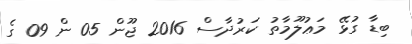
ބިޑާ ގުޅޭ މަޢުލޫމާތު ކަރުދާސް 2016 ޖޫން 05 ން 09 ގެ